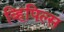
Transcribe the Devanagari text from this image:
व्हिपिल्स